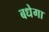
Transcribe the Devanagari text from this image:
बधेगा